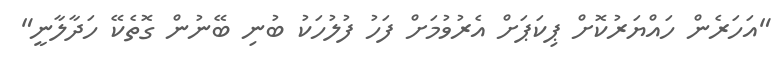
"އަހަރެން ހައްޔަރުކޮށް ޕިކަޕަށް އެރުވުމަށް ފަހު ފުލުހަކު ބުނި ބޭނުން ގޮތެކޭ ހަދާލާނީ"